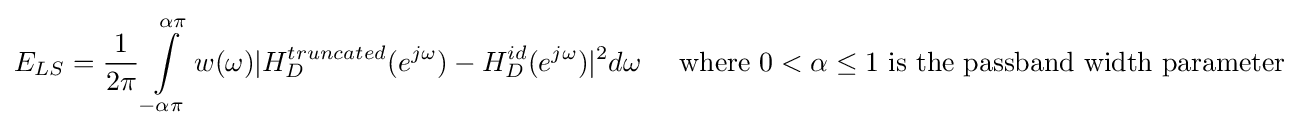
E_{LS}={1 \over {2\pi }}\int \limits _{-\alpha \pi }^{\alpha \pi }w(\omega )|H_{D}^{truncated}(e^{j\omega })-H_{D}^{id}(e^{j\omega })|^{2}d\omega \;\;\;\;\;{\text{where }}0<\alpha \leq 1{\text{ is the passband width parameter}}